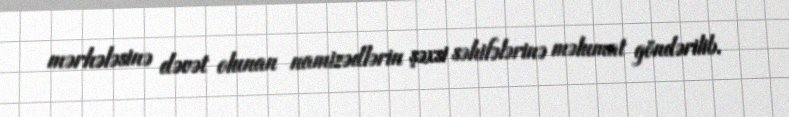
mərhələsinə dəvət olunan namizədlərin şəxsi səhifələrinə məlumat göndərilib.